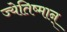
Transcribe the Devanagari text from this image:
ज्येतिष्मान्